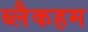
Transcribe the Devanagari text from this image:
ब्लैकहम